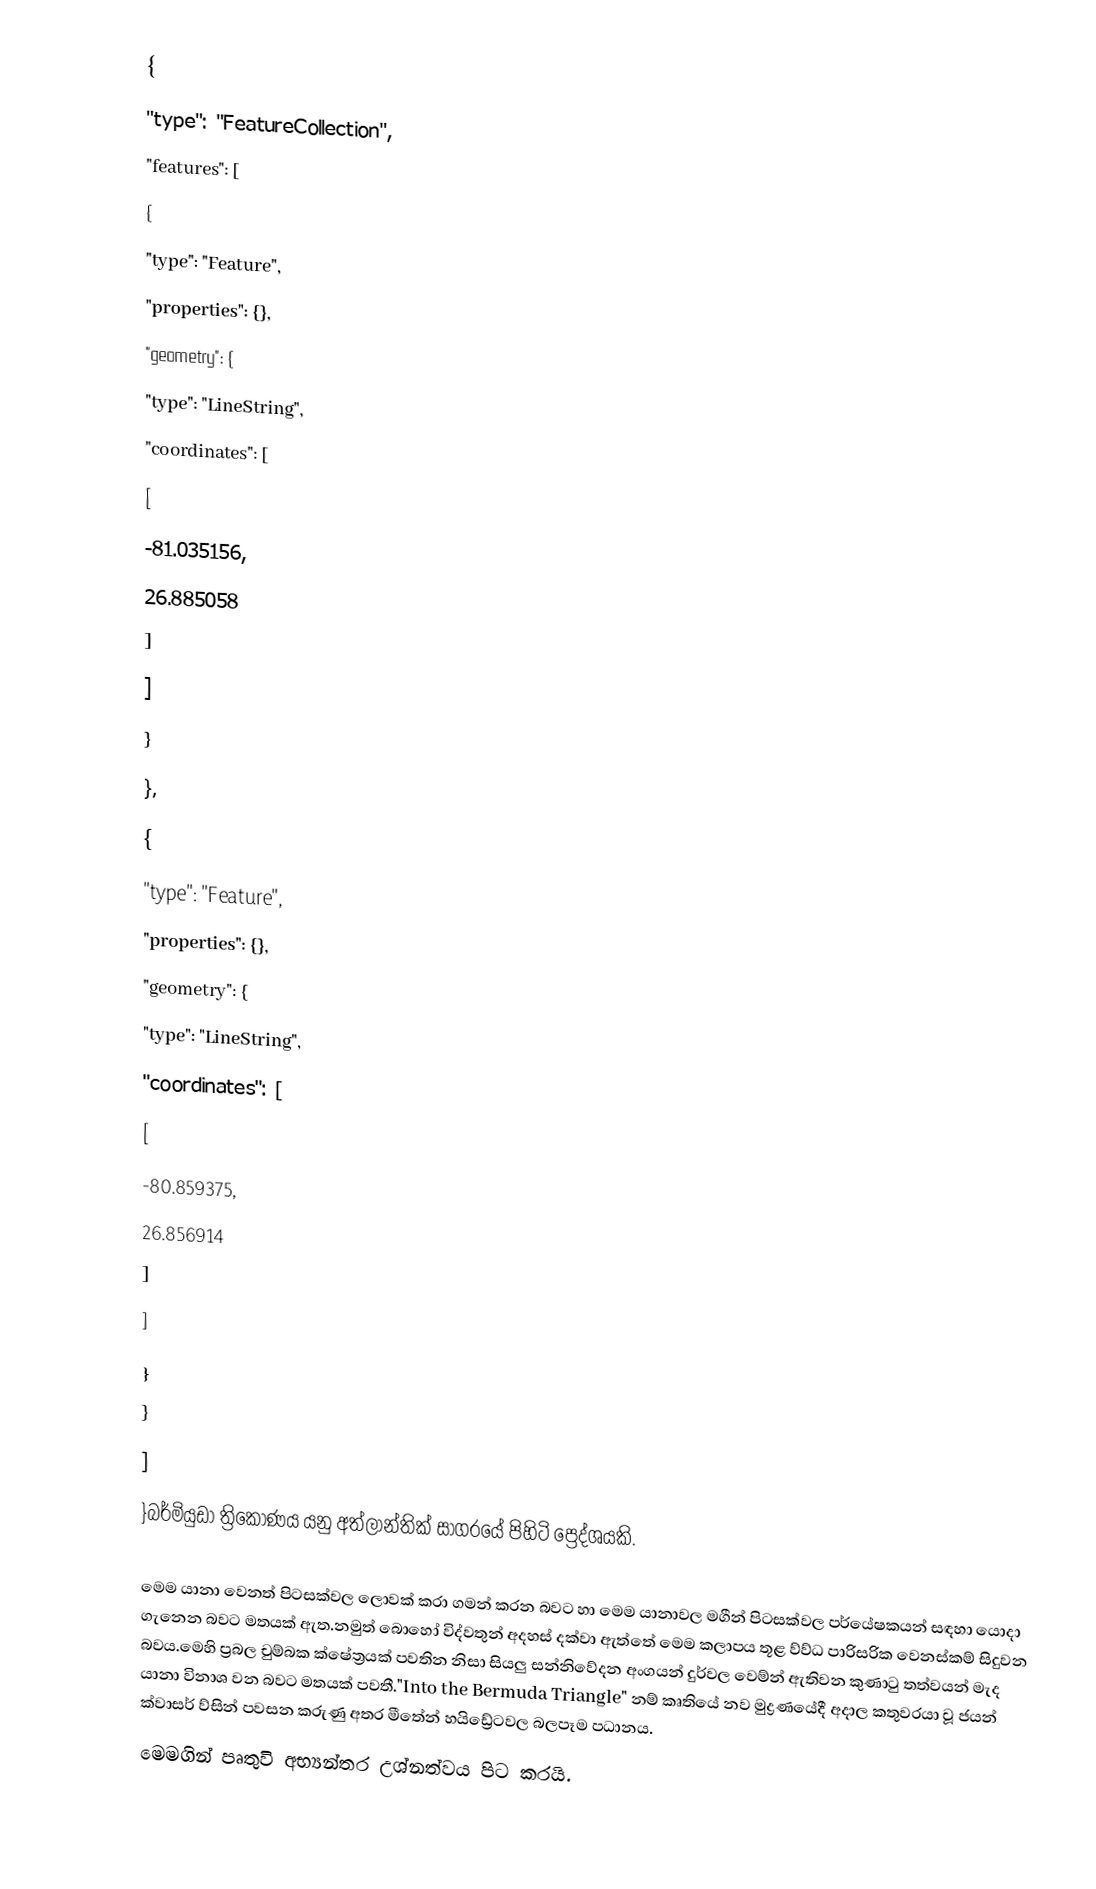
{
  "type": "FeatureCollection",
  "features": [
    {
      "type": "Feature",
      "properties": {},
      "geometry": {
        "type": "LineString",
        "coordinates": [
          [
            -81.035156,
            26.885058
          ]
        ]
      }
    },
    {
      "type": "Feature",
      "properties": {},
      "geometry": {
        "type": "LineString",
        "coordinates": [
          [
            -80.859375,
            26.856914
          ]
        ]
      }
    }
  ]
}බර්මියුඩා ත්‍රිකෝණය යනු අත්ලාන්තික් සාගරයේ පිහිටි ප්‍රෙද්ශයකි.

මෙම යානා වෙනත් පිටසක්වල ලොවක් කරා ගමන් කරන බවට හා මෙම යානාවල මගීන් පිටසක්වල පර්යේෂකයන් සඳහා යොදා ගැනෙන බවට මතයක් ඇත.නමුත් බොහෝ විද්වතුන් අදහස් දක්වා ඇත්තේ මෙම කලාපය තූළ ව්ව්ධ පාරිසරික වෙනස්කම් සිදුවන බවය.මෙහි ප්‍රබල චුම්බක ක්ෂේත්‍රයක් පවතින නිසා සියලු සන්නිවේදන අංගයන් දුර්වල වෙම්න් ඇතිවන කුණාටු තත්වයන් මැද යානා විනාශ වන බවට මතයක් පවතී."Into the Bermuda Triangle" නම් කෘතියේ නව මුද්‍රණයේදී අදාල  කතුවරයා වූ ජයන් ක්වාසර් ව්සින් පවසන කරුණු අතර මීතේන් හයිඩ්‍රේටවල බලපෑම පධානය.
මෙමගින් පෘතුවි අභ්‍යන්තර උශ්නත්වය පිට කරයි.